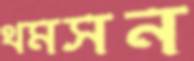
থমসন